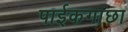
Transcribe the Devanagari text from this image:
पाईकगाछा